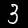
Digit: 3